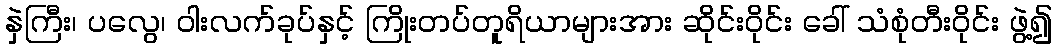
နှဲကြီး၊ ပလွေ၊ ဝါးလက်ခုပ်နှင့် ကြိုးတပ်တူရိယာများအား ဆိုင်းဝိုင်း ခေါ် သံစုံတီးဝိုင်း ဖွဲ့၍